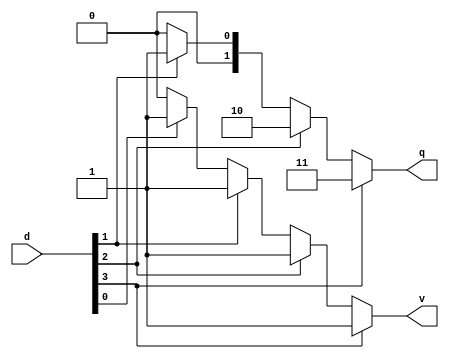
module prio_enc2_4to2(
    input [3:0] d,
    output reg [1:0] q,
    output reg v
);

    always @(*) begin
        case(1) // checks if a signal is set and must write in descending order
            d[3]: begin q = 2'd3; v = 1; end
            d[2]: begin q = 2'd2; v = 1; end
            d[1]: begin q = 2'd1; v = 1; end
            d[0]: begin q = 2'd0; v = 1; end
            default: begin q = 2'd0; v = 0; end
        endcase

    end

endmodule